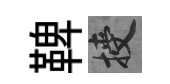
鞞授